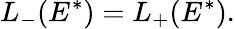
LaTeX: L_{-}(E^{*})=L_{+}(E^{*}).